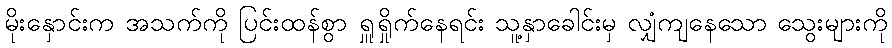
မိုးနှောင်းက အသက်ကို ပြင်းထန်စွာ ရှူရှိုက်နေရင်း သူ့နှာခေါင်းမှ လျှံကျနေသော သွေးများကို